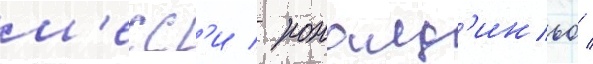
м'есс'и / роналд'иньо /